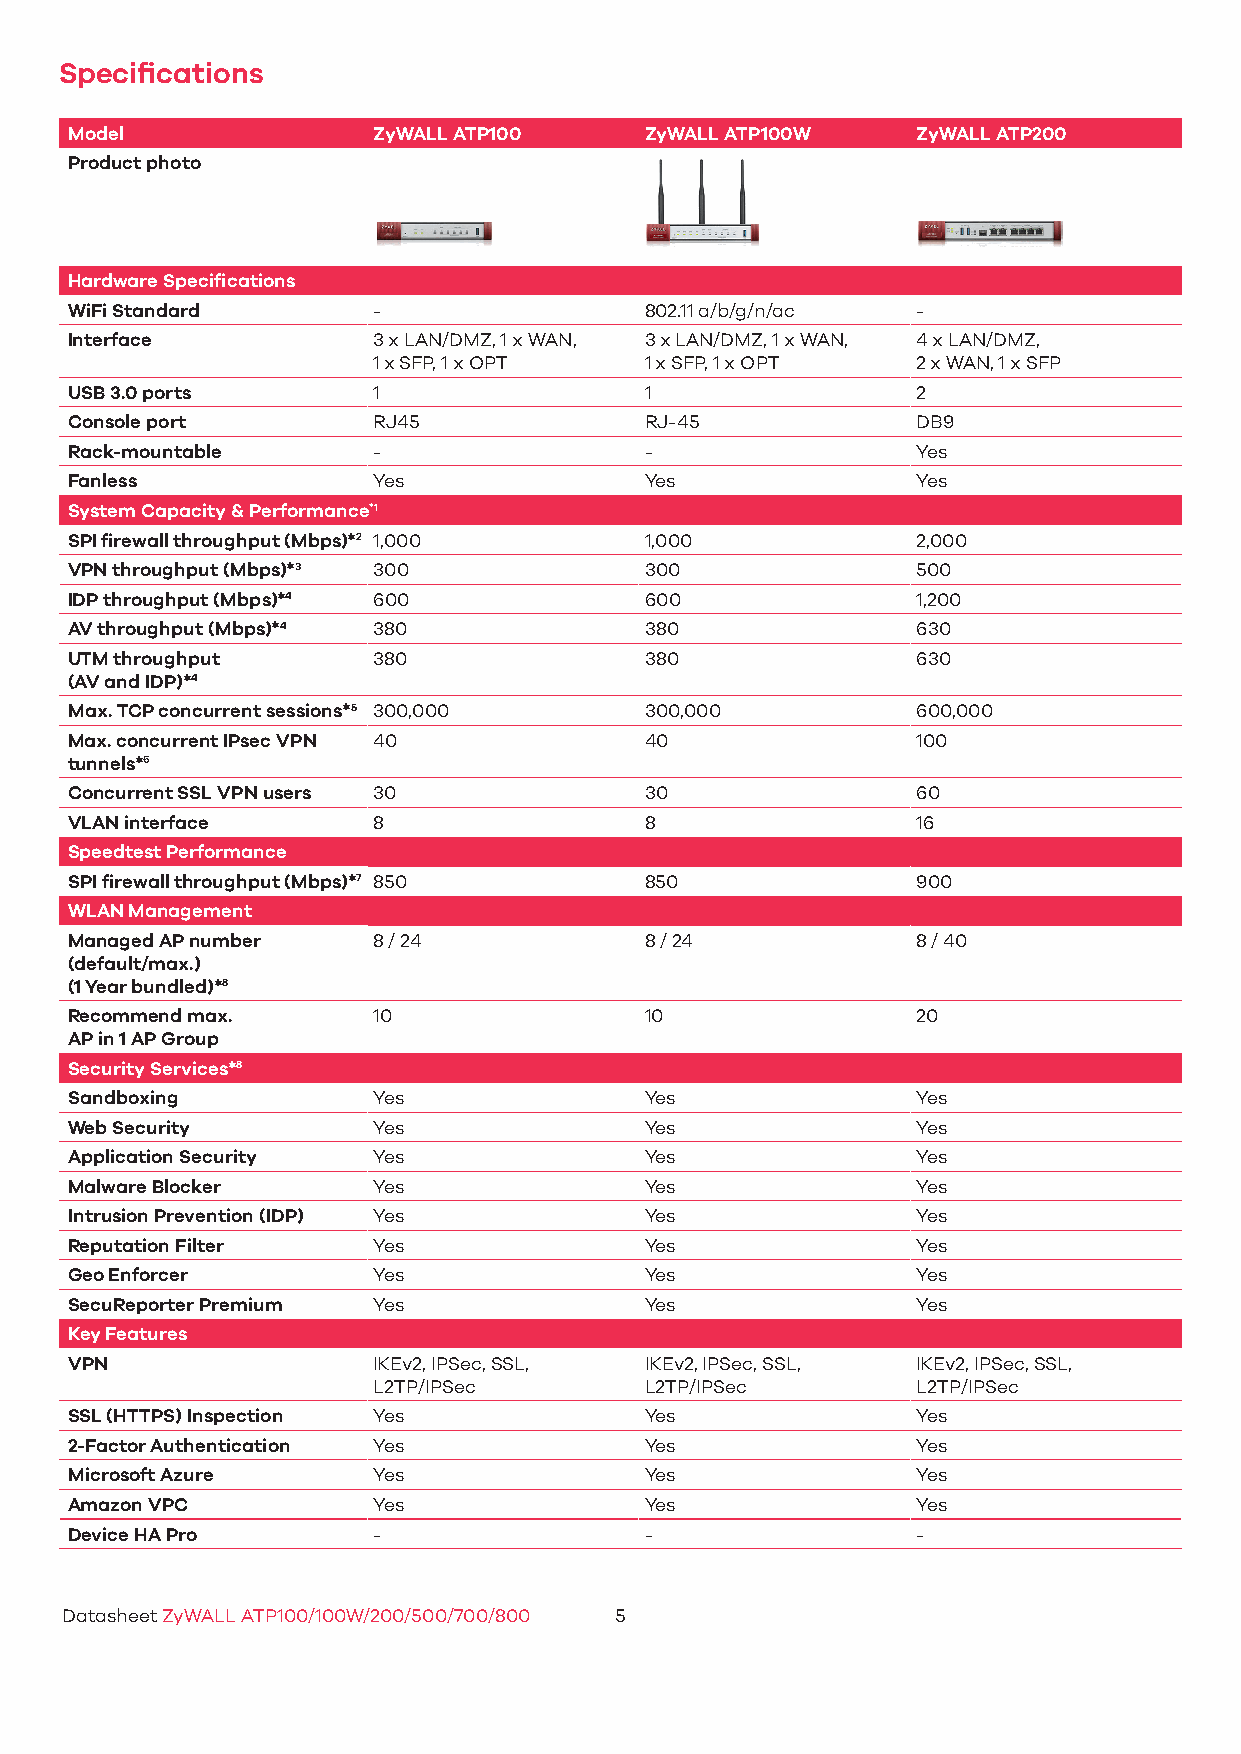
Specifications
 Model                ZyWALL ATP100     ZyWALL ATP100W    ZyWALL ATP200
 Product photo
 Hardware Specifications
 WiFi Standard        -                 802.11 a/b/g/n/ac -
 Interface            3 x LAN/DMZ, 1 x WAN, 3 x LAN/DMZ, 1 x WAN, 4 x LAN/DMZ,
 1 x SFP, 1 x OPT  1 x SFP, 1 x OPT  2 x WAN, 1 x SFP
 USB 3.0 ports        1                 1                 2
 Console port         RJ45              RJ-45             DB9
 Rack-mountable       -                 -                 Yes
 Fanless              Yes               Yes               Yes
 System Capacity & Performance*1
 SPI firewall throughput (Mbps)*2 1,000 1,000             2,000
 VPN throughput (Mbps)*3 300            300               500
 IDP throughput (Mbps)*4 600            600               1,200
 AV throughput (Mbps)*4 380             380               630
 UTM throughput       380               380               630
 (AV and IDP)*4
 Max. TCP concurrent sessions*5 300,000 300,000           600,000
 Max. concurrent IPsec VPN 40           40                100
 tunnels*6
 Concurrent SSL VPN users 30            30                60
 VLAN interface       8                 8                 16
 Speedtest Performance
 SPI firewall throughput (Mbps)*7 850   850               900
 WLAN Management
 Managed AP number    8 / 24            8 / 24            8 / 40
 (default/max.)
 (1 Year bundled)*8
 Recommend max.       10                10                20
 AP in 1 AP Group
 Security Services*8
 Sandboxing           Yes               Yes               Yes
 Web Security         Yes               Yes               Yes
 Application Security Yes               Yes               Yes
 Malware Blocker      Yes               Yes               Yes
 Intrusion Prevention (IDP) Yes         Yes               Yes
 Reputation Filter    Yes               Yes               Yes
 Geo Enforcer         Yes               Yes               Yes
 SecuReporter Premium Yes               Yes               Yes
 Key Features
 VPN                  IKEv2, IPSec, SSL, IKEv2, IPSec, SSL, IKEv2, IPSec, SSL,
 L2TP/IPSec        L2TP/IPSec        L2TP/IPSec
 SSL (HTTPS) Inspection Yes             Yes               Yes
 2-Factor Authentication Yes            Yes               Yes
 Microsoft Azure      Yes               Yes               Yes
 Amazon VPC           Yes               Yes               Yes
 Device HA Pro        -                 -                 -
 Datasheet ZyWALL ATP100/100W/200/500/700/800 5